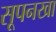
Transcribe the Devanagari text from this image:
सूपनखा